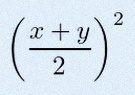
\left(\frac{x+y}{2}\right)^2